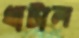
খাটাল